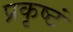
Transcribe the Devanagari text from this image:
प्रकृष्टं